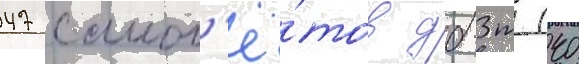
47 самол'ё́тов дб-3т (40